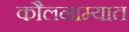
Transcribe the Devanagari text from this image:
कौलनाम्यात